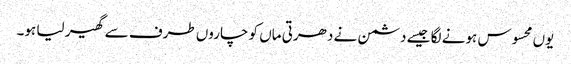
یوں محسوس ہونے لگا جیسے دشمن نے دھرتی ماں کو چاروں طرف سے گھیر لیا ہو۔